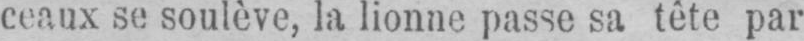
ceaux se soulève, la lionne passe sa tête par